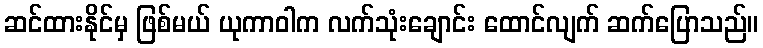
ဆင်ထားနိုင်မှ ဖြစ်မယ် ယုကာဝါက လက်သုံးချောင်း ထောင်လျက် ဆက်ပြောသည်။